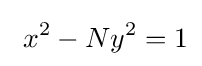
\ x^{2}-Ny^{2}=1